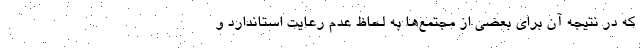
که در نتیجه آن برای بعضی از مجتمع‌ها به لحاظ عدم رعایت استاندارد و